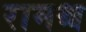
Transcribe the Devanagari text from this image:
रामश्च